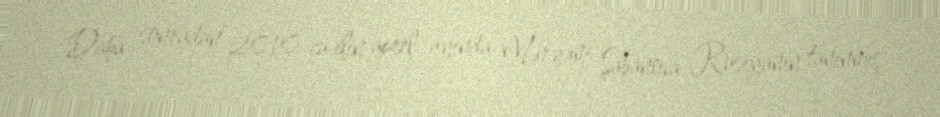
Daha sonradan 2010-cu ilin aprel ayında Məryəm Şabanova Rusiyanın tanınmış